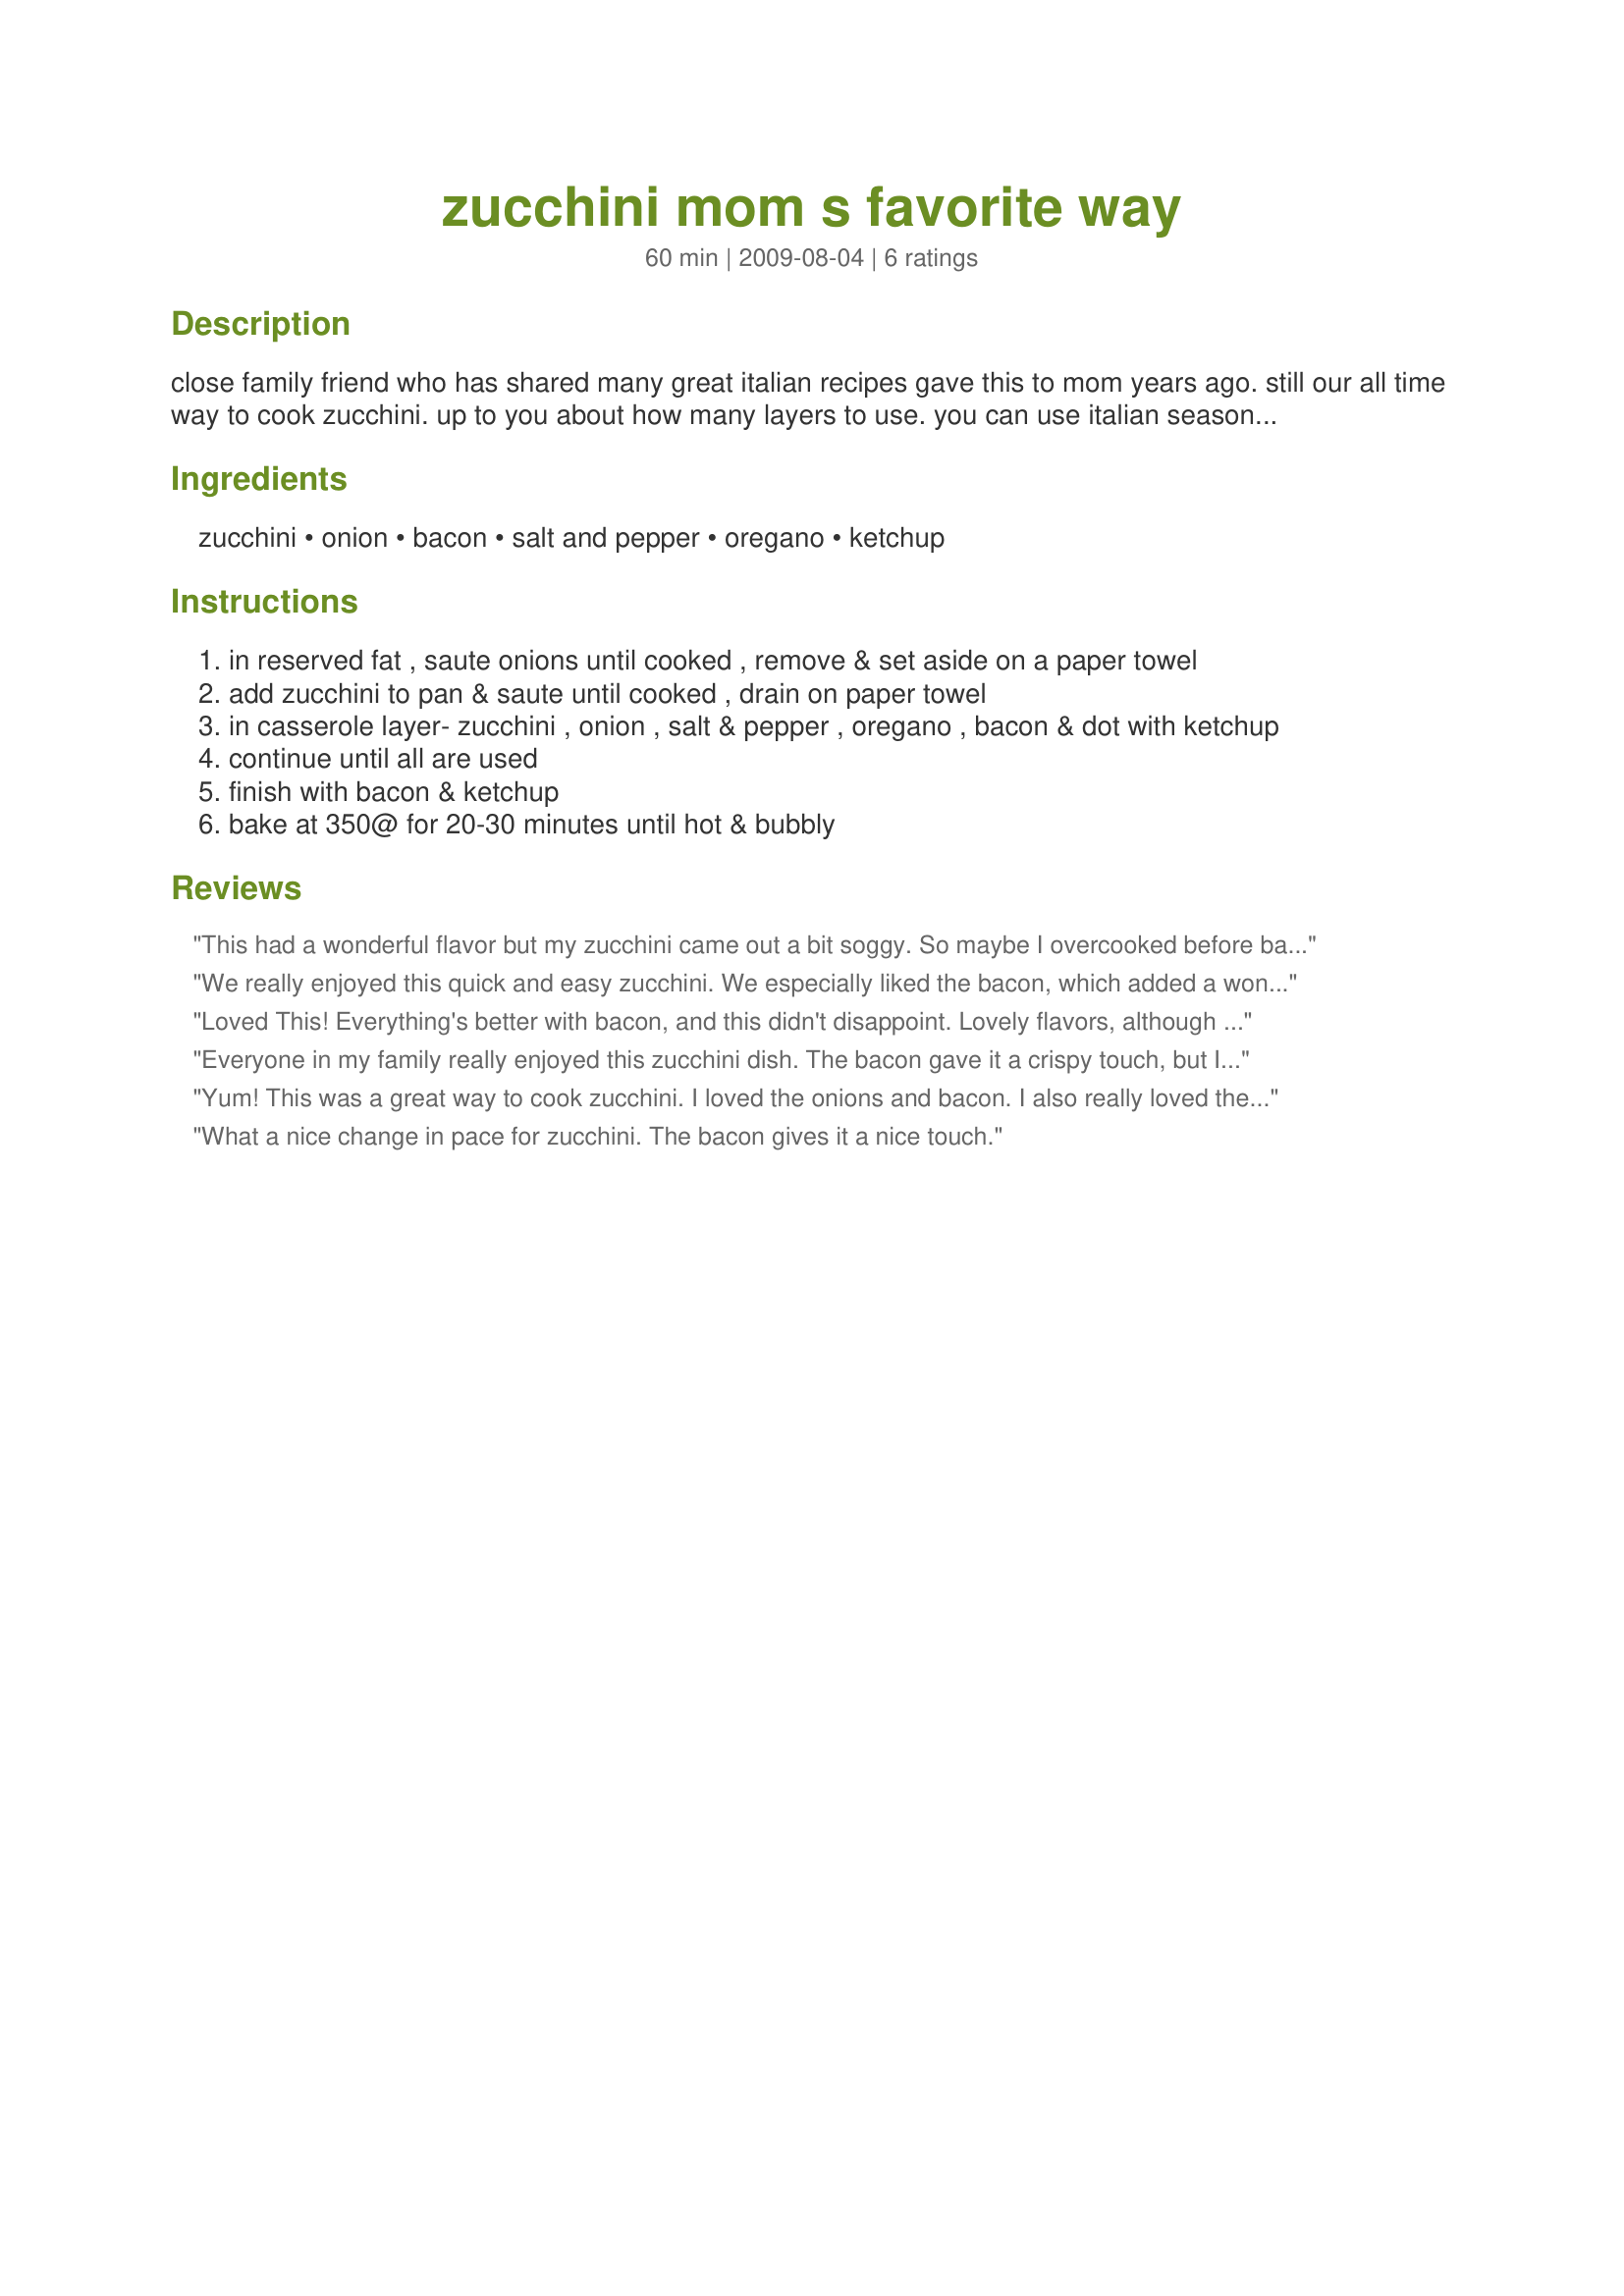
zucchini mom s favorite way
Preparation time: 60 minutes

close family friend who has shared many great italian recipes gave this to mom years ago. still our all time way to cook zucchini. up to you about how many layers to use. you can use italian seasoning in place of oregano, if you like.

Ingredients:
zucchini, onion, bacon, salt and pepper, oregano, ketchup

Steps:
in reserved fat , saute onions until cooked , remove & set aside on a paper towel
add zucchini to pan & saute until cooked , drain on paper towel
in casserole layer- zucchini , onion , salt & pepper , oregano , bacon & dot with ketchup
continue until all are used
finish with bacon & ketchup
bake at 350@ for 20-30 minutes until hot & bubbly

Reviews:
This had a wonderful flavor but my zucchini came out a bit soggy. So maybe I overcooked before baking - or is it supposed to be this way? Guess I'm used to more of a stir-fry consistency. Loved the flavors of this dish ~ DH said it was perfect as is (soggy and all) and he especially enjoyed this. I'll definitely make it again but will probably undercook the zucchini next time. Thanks SB6 - made for your Football Pool Week #8 win.
We really enjoyed this quick and easy zucchini. We especially liked the bacon, which added a wonderful flavor to the dish. I used Italian seasoning instead of the oregano. We liked the Italian seasoning, but 1 TBSP. was too much for my family's tastes. Next time, I will reduce the amount that I use. Also, after reading previous reviews, I undercooked the zucchini when sauteing(cooked just to the crisp-tender stage), so that it wouldn't be soggy after baking. I baked this in an 8" square baking dish for about 30 mins. Thank you for sharing SB6.
*Made for 2009 Football Pool*
Loved This! Everything's better with bacon, and this didn't disappoint. Lovely flavors, although we did add some red pepper flakes at the end for heat. Thanks for this nice recipe, SB6. Made for week 7, football pool, 2009.
Everyone in my family really enjoyed this zucchini dish. The bacon gave it a crispy touch, but I think the sauteed onions was the best part of this vegetable dish. It all complemented the zucchini nicely. Thanks for sharing your recipe, SB6.
Yum! This was a great way to cook zucchini. I loved the onions and bacon. I also really loved the tomato base from the ketchup. I used an 8 by 8 casserole dish and it seemed to be a good size. Congratulations on your win, SB6! :)
What a nice change in pace for zucchini. The bacon gives it a nice touch.
